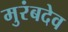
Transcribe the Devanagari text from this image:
मुरंबदेव